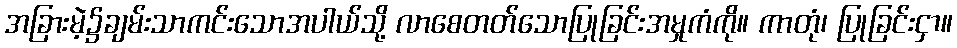
အခြားမဲ့၌ချမ်းသာကင်းသောအပါယ်သို့ လာစေတတ်သောပြုခြင်းအမှုကံကို။ ကာတုံ၊ ပြုခြင်းငှာ။